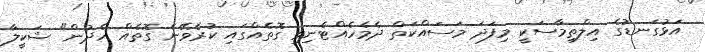
އަޅުގަނޑުގެ އިލްތިމާސަކީ މިފަދަ މަސައްކަތް ދެމެހެއްޓެނިވި ގޮތެއްގައި ކުރެވޭނެ ގޮތެއް ހެދުން" ޝަކީލާ